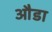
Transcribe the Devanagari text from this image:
औडा